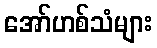
အော်ဟစ်သံများ